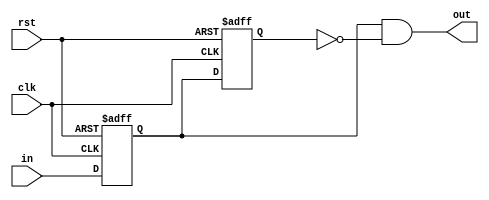
module rising_edge_detector(input clk, input rst, input in, output out);

reg ff1_reg, ff1_next;
reg ff2_reg, ff2_next;

assign out = ff1_reg & ~ff2_reg;

always @(posedge clk, negedge rst) begin
	if(!rst) begin
		ff1_reg <= 1'b0;
		ff2_reg <= 1'b0;
	end
	else if(clk) begin
		ff1_reg <= ff1_next;
		ff2_reg <= ff2_next;
	end
end

always @(*) begin
	ff1_next = in;
	ff2_next = ff1_reg;
end







endmodule